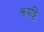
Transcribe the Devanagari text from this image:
झपट्टि